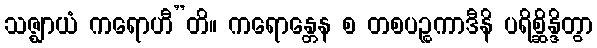
သဇ္ဈာယံ ကရောဟီ”တိ။ ကရောန္တေန စ တစပဉ္စကာဒီနိ ပရိစ္ဆိန္ဒိတွာ